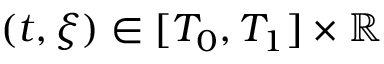
( t , \xi ) \in [ T _ { 0 } , T _ { 1 } ] \times \mathbb { R }